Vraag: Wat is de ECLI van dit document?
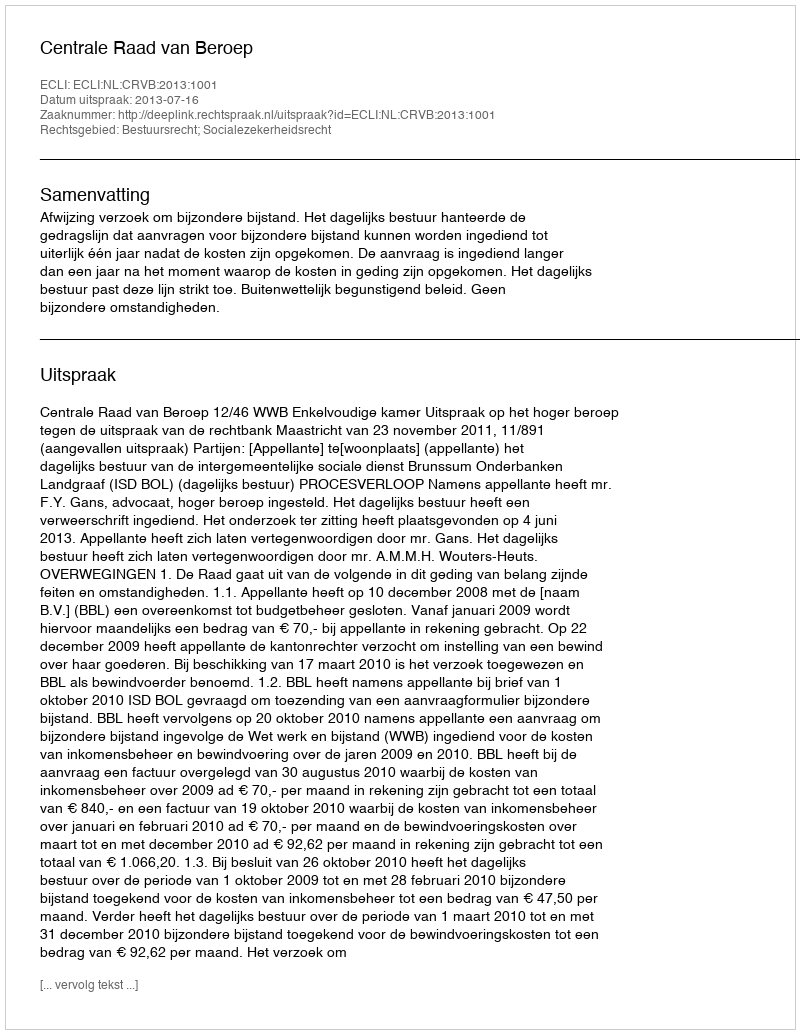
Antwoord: ECLI:NL:CRVB:2013:1001